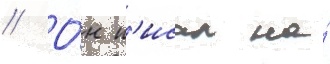
// О́н п'исал на́